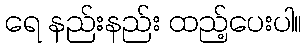
ရေ နည်းနည်း ထည့်ပေးပါ။